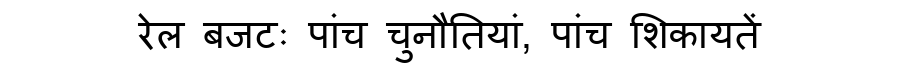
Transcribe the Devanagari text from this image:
रेल बजटः पांच चुनौतियां, पांच शिकायतें